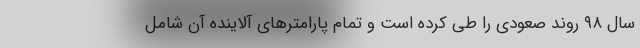
سال ۹۸ روند صعودی را طی کرده است و تمام پارامترهای آلاینده آن شامل